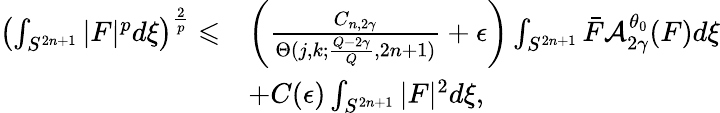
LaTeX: \begin{array}{rl}{\left(\int_{S^{2n+1}}|F|^{p}d\xi\right)^{\frac{2}{p}}\leqslant}&{\left(\frac{{C}_{n,2\gamma}}{\Theta({j,k};\frac{Q-2\gamma}{Q},2n+1)}+\epsilon\right)\int_{S^{2n+1}}\bar{F}\mathcal{A}_{2\gamma}^{\theta_{0}}(F)d\xi}\\ &{+C(\epsilon)\int_{S^{2n+1}}|F|^{2}d\xi,}\end{array}